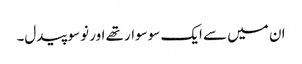
ان میں سے ایک سوسوار تھے اور نوسو پیدل۔